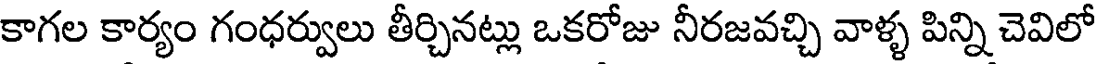
కాగల కార్యం గంధర్వులు తీర్చినట్లు ఒకరోజు నీరజవచ్చి వాళ్ళ పిన్ని చెవిలో